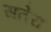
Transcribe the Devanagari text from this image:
सतेरा